Paatsalu_vallavalitsus, lk 14
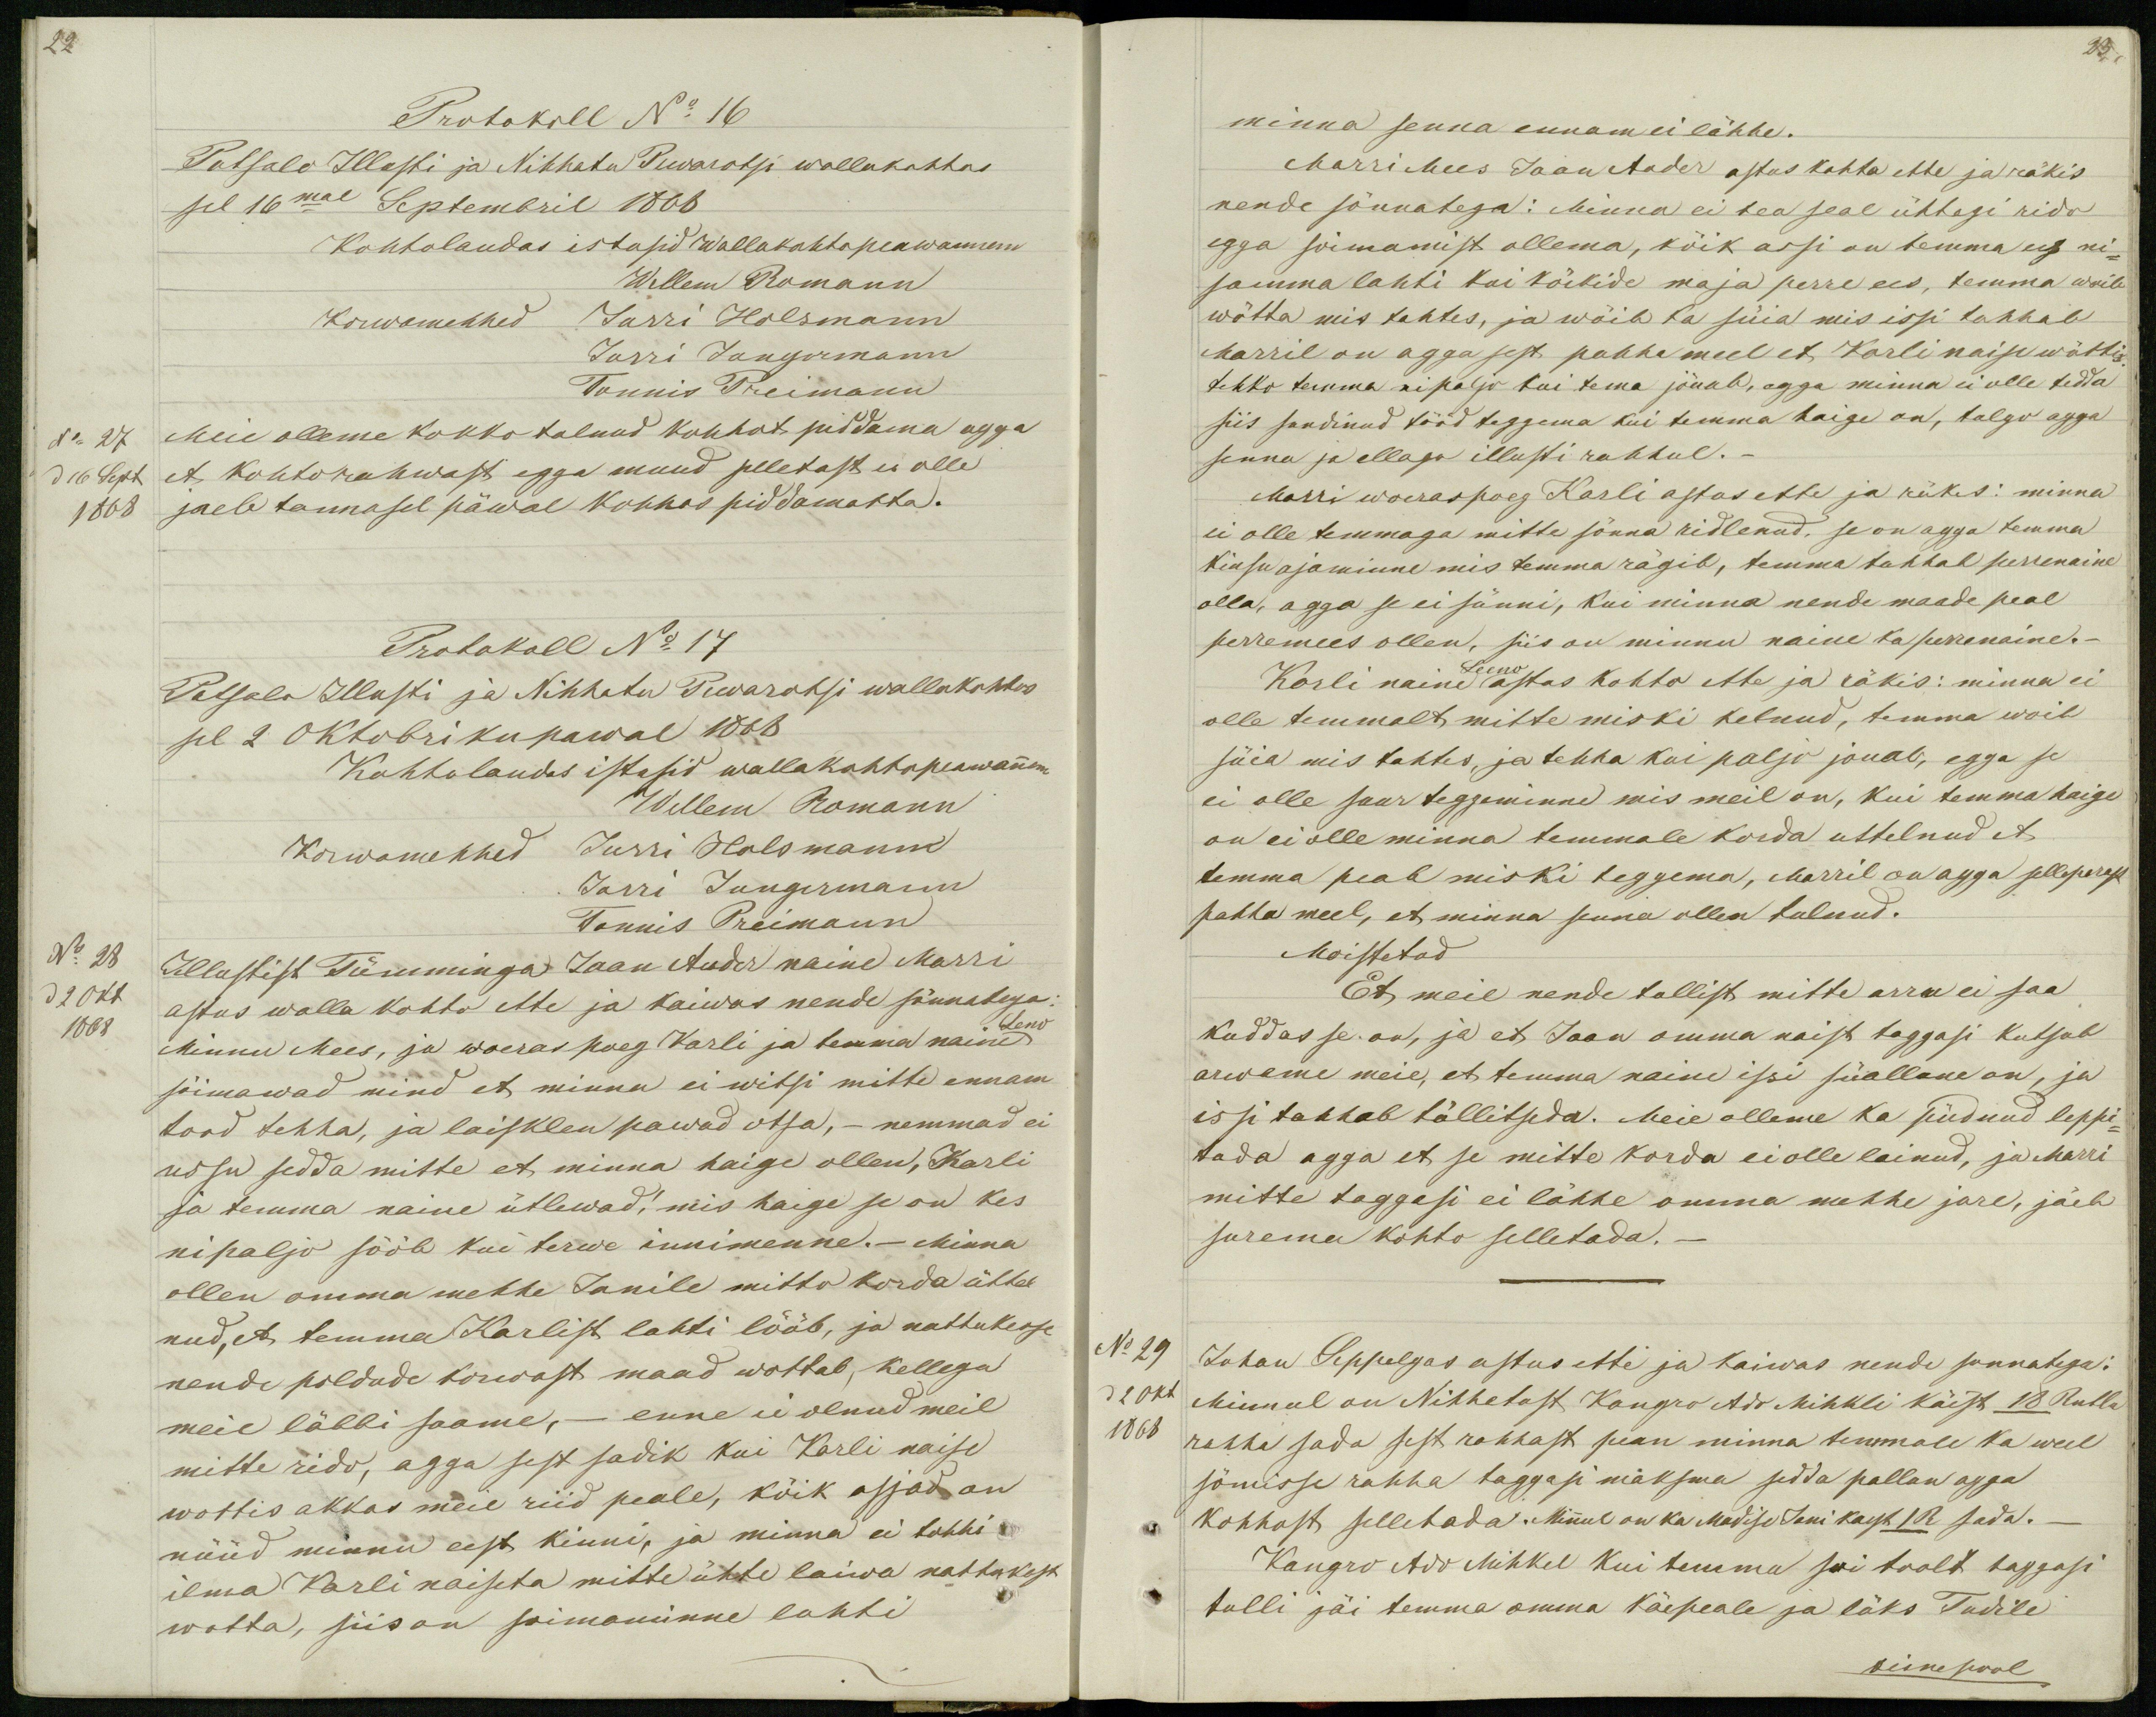
22
Protokoll No 16
Patsalo Illusti ja Nihhatu Piwarotsi wallakohhos
sel 16mal Septembril 1868
Kohtolaudas istusid wallakohtopeawannem
Wellem Romann
Korwamehhed Jurri Holsmann
Jurri Jungermann
Tonnis Preimann
No 27
Meie olleme kokko tulnud kohhot piddama agga
d 16 Sept
et kohtorahwast egga muud selletast ei olle
1868
jaeb tannasel päwal kohhos piddamatta.
Protokoll No 17
Patsalo Illusti ja Nihhatu Piwarotsi wallakohtos
sel 2 Oktobri ku pawal 1868
Kohtolaudas istusid wallakohtopeawannem
Willem Romann
Korwamehhed Jurri Holsmann
Jarri Jungermann
Tonnis Preimann
No 28
Illustist Tümminga Jaan Auder naine Marri
d 2 Okt
astus walla kohto ette ja kaiwas nende sõnnatega:
1868
Leno
Minnu Mees, ja woeraspoeg Karli ja temma naine
sõimawad mind et minna ei witsi mitte ennam
tood tehha, ja laisklen pawad otsa, _ nemmad ei
ussu sedda mitte et minna haige ollen, Karli
ja temma naine ütlewad, mis haige se on kes
nipaljo sööb kui terwe innimenne._ Minna
ollen omma mehhe Janile mitto korda üttel
nud, et temma Karlist lahti lööb, ja nattukesse
nende poldude korwast maad wottab, kellega
meie läbbi saame, _ enne ei olnud meil
mitte rido, agga sest sadik kui Karli naise
wottis akkas meie riid peale, kõik asjad on
nüüd minnu eest kinni, ja minna ei tohhi
ilma Karli naiseta mitte ühte laiwa nattukest
wotta, siis on soimaminne lahti

23
minna senna ennamei lähhe.
Marri Mees Jaan Auder astus kohto ette ja räkis
nende sõnnatega: Minna ei tea seal ühtegi rido
egga soimamist ollema, kõik assi on temma ees ni-
samma lahti kui kõikide maja perre ees, temma woib
wõtta mis tahtes, ja wõib ka süia mis issi tahhab
Marril on agga sest pahha meel et Karli naise wõttis
tehko temma nipaljo kui tema jõuab, agga minna ei olle tedda
siis sundinud tööd teggema kui temma haige on, tulgo agga
senna ja ellago illusti rahhul._
Marri woeraspoeg Karli astus ette ja räkes: minna
ei olle temmaga mitte sõnna ridlenud, se on agga temma
kiusu ajaminne mis temma rägib, temma tahhab perrenaine
olla, agga se ei sünni, kui minna nende maade peal
perremees ollen, siis on minnu naine ka perrenaine._
Leeno
Karli naine astus kohto ette ja räkis: minna ei
olle temmalt mitte miski kelnud, temma woib
süia mis tahtes, ja tehha kui paljo jouab, egga se
ei olle suur teggeminne mis meil on, kui temma haige
on ei olle minna temmale korda uttelnud et
temma peab miski teggema, Marril on agga selleperast
pahha meel, et minna senna ollen tulnud.
Moistetud
Et meie nende tullist mitte arru ei saa
kuddas se on, ja et Jaan omma naist taggasi kutsub
arwame meie, et temma naine issi süallune on, ja
issi tahhab tüllitseda. Meie olleme ka püdnud leppi-
tada agga et se mitte korda ei olle lainud, ja Marri
mitte taggasi ei lähhe omma mehhe jure, jäeb
surema kohto selletada.
No 29
Johan Seppelgas astus ette ja kaiwas nende sonnatega:
d 2 okt
Minnul on Nihhatust Kangro Ado Mihkli käest 18 Rubla
1868
rahha sada sest rahhast pean minna temmale ka weel
sömisse rahha taggasi maksma sedda pallun agga
kohhost selletada. Minnul on ka Madise Jani kaest 1 R sada.
Kangro Ado Mihkel kui temma sui toolt taggasi
tulli jäi temma omma käepeale ja läks Tudile
teine pool